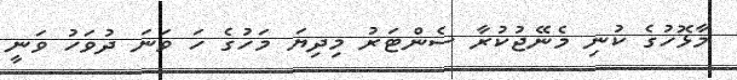
މާޅޮހުގެ ކުނި މެނޭޖުކުރާ ސެންޓަރު މިދިޔަ މަހުގެ ހަ ވަނަ ދުވަހު ވަނީ